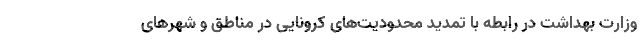
وزارت بهداشت در رابطه با تمدید محدودیت‌های کرونایی در مناطق و شهرهای